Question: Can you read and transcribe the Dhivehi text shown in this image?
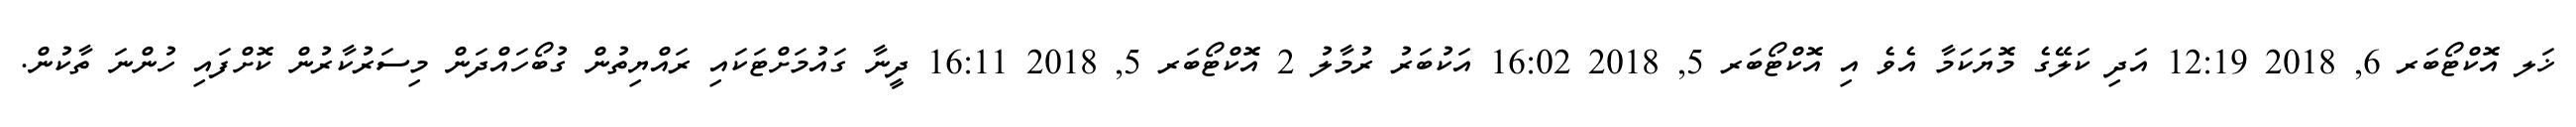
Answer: ޚަލ އޮކްޓޯބަރ 6, 2018 12:19 އަދި ކަލޭގެ މޮޔަކަމާ އެވެ އި އޮކްޓޯބަރ 5, 2018 16:02 އަކުބަރު ރުމާލު 2 އޮކްޓޯބަރ 5, 2018 16:11 ދީނާ ގައުމަށްޓަކައި ރައްޔިތުން ގުބޯހައްދަން މިސަރުކާރުން ކޮށްފައި ހުންނަ ތާކުން.